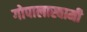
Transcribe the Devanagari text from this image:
गोपालास्वामी